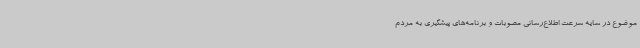
موضوع در سایه سرعت اطلاع‌رسانی مصوبات و برنامه‌های پیشگیری به مردم